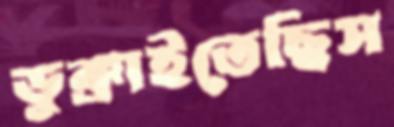
ডুক্‌রাইতেছিস